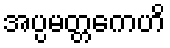
အပ္ပမတ္တကေဟိ